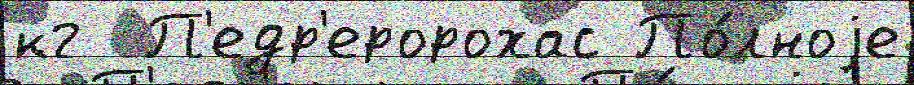
кг  П'едр'еророхас По́лноjе